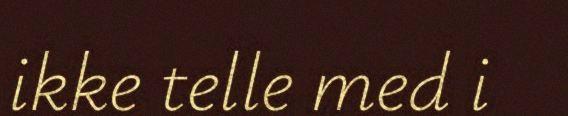
ikke telle med i